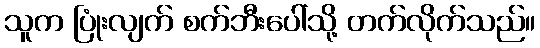
သူက ပြုံးလျက် စက်ဘီးပေါ်သို့ တက်လိုက်သည်။